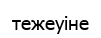
тежеуіне